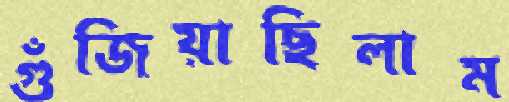
গুঁজিয়াছিলাম